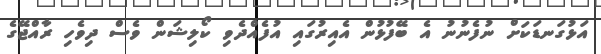
އަޅުގަނޑަކަށް ނުފެނުނު އެ ބޭފުޅުން އެއިރުގައި އުފެއްދެވި ކޯލިޝަން ވެސް ދިވެހި ރާއްޖޭގެ